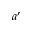
a ^ { \prime }